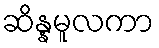
ဆိန္နမူလကာ